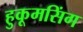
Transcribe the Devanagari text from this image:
हुकूमसिंग